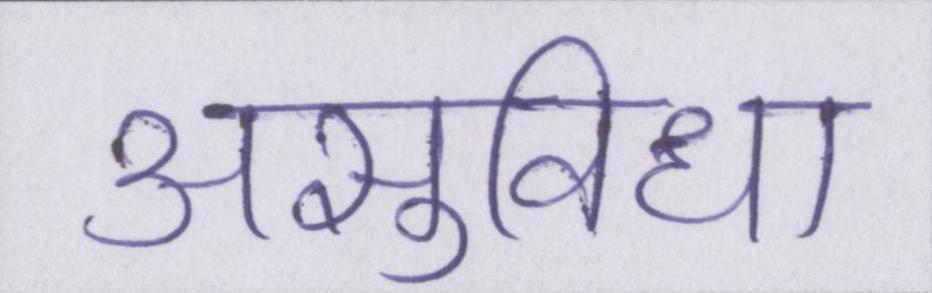
असुविधा